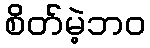
စိတ်မဲ့ဘဝ